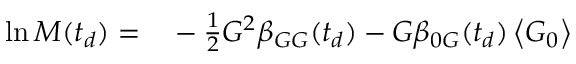
\begin{array} { r l } { \ln M ( t _ { d } ) = } & { { } - \frac { 1 } { 2 } G ^ { 2 } \beta _ { G G } ( t _ { d } ) - G \beta _ { 0 G } ( t _ { d } ) \left\langle G _ { 0 } \right\rangle } \end{array}